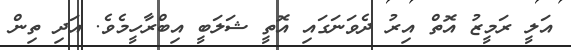
އަލީ ރަމީޒު އޮތް އިރު ދެވަނަގައި އޮތީ ޝަލަބީ އިބްރާހީމެވެ. އަދި ތިން